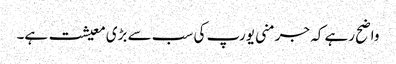
واضح رہے کہ جرمنی یورپ کی سب سے بڑی معیشت ہے۔